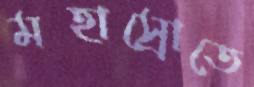
মহাস্রোতে